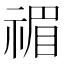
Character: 𥚵